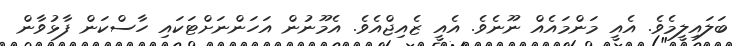
ބަލައިލީމެވެ. އެއީ މަންމައެއް ނޫނެވެ. އެއީ ޒެއިޖްއެވެ. އެމޫނުން އަހަންނަށްޓަކައި ހާސްކަން ފާޅުވާން